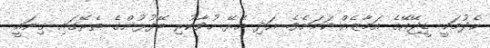
ހެދުމަކީ ޑީޖޭއޭގެ އަމާޒެއް ކަމަށެވެ. އަދި އެރޭ ހުވާކުރި ބޭފުޅުންގެ ތެރޭގައި ގިނައީ